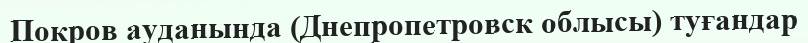
Покров ауданында (Днепропетровск облысы) туғандар